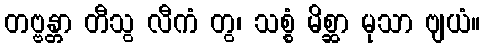
တဗ္ဗန္တာ တီသွ လီကံ တွ၊ သစ္စံ မိစ္ဆာ မုသာ ဗျယံ။